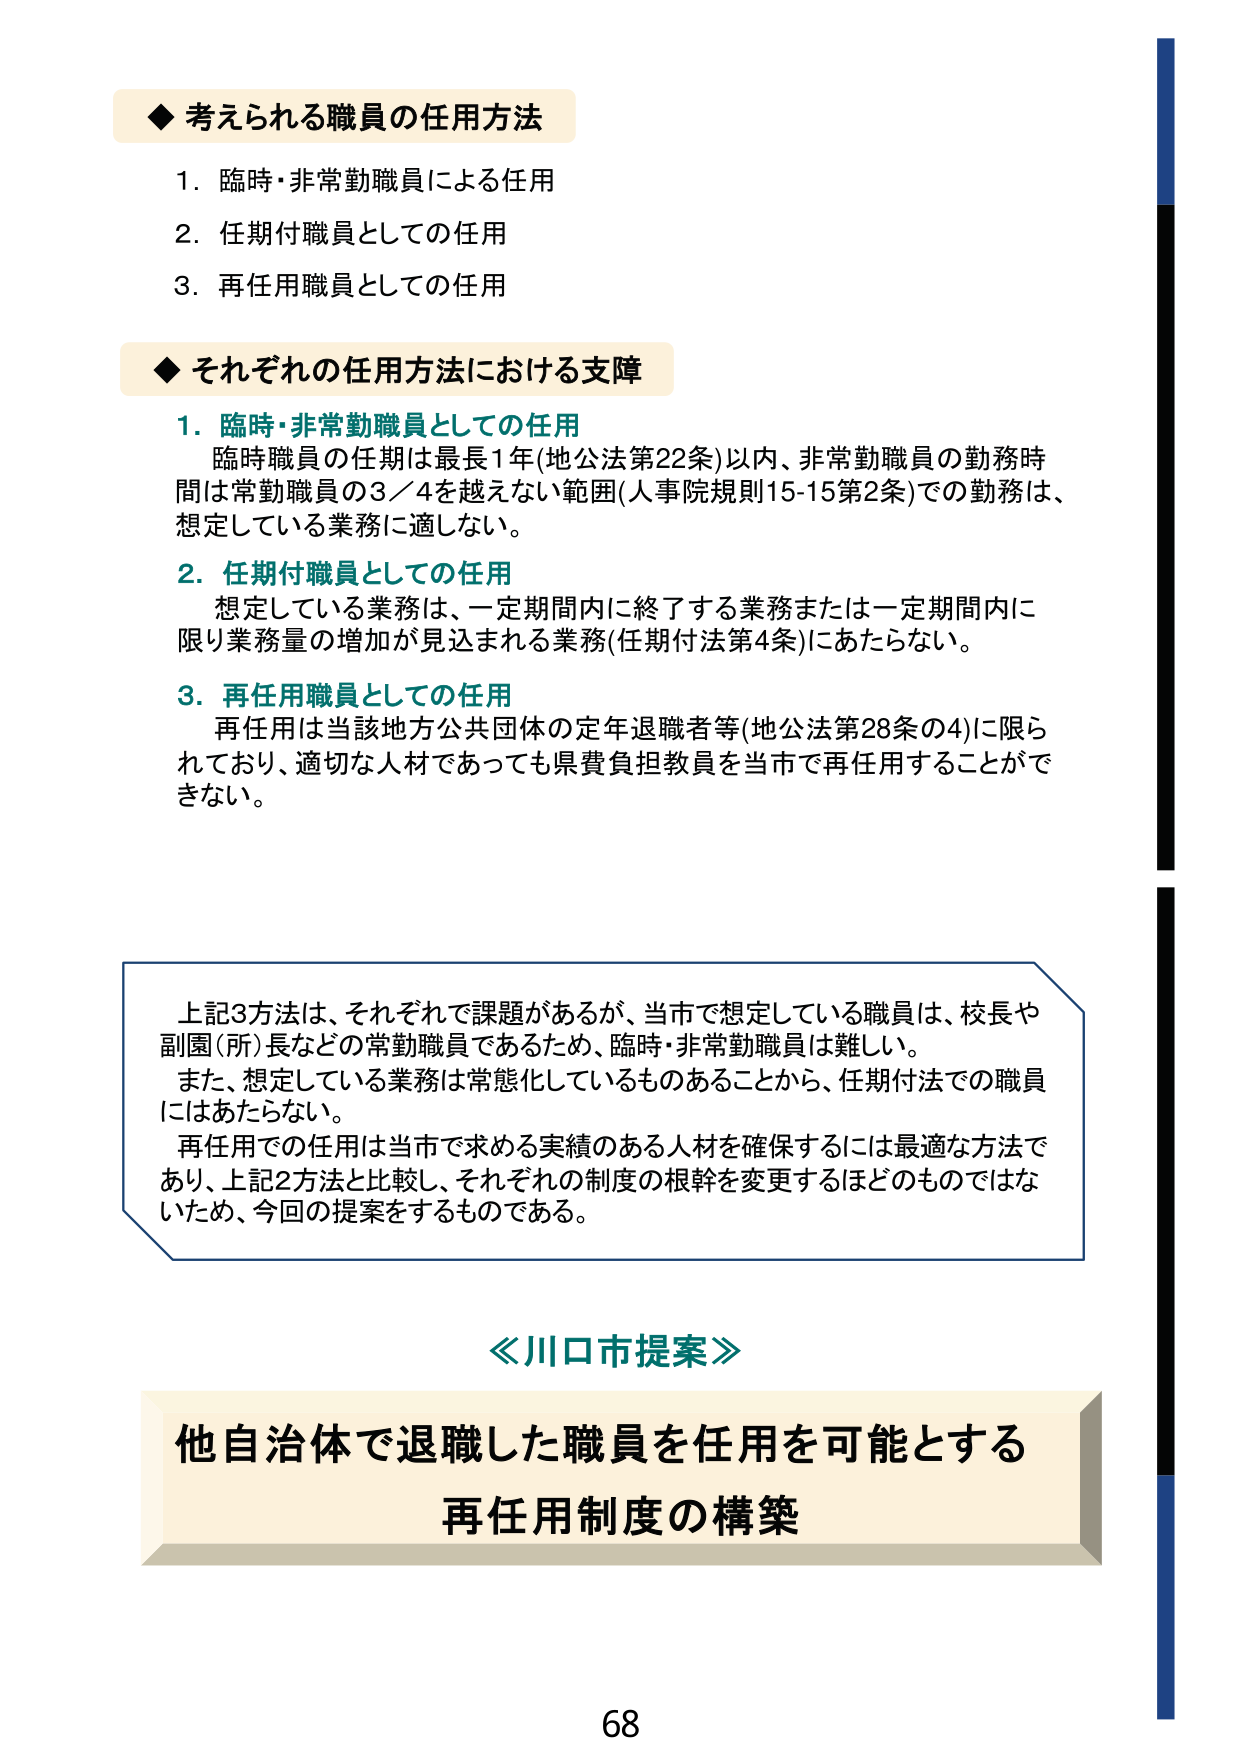
◆ 考えられる職員の任用方法
1. 臨時・非常勤職員による任用
2. 任期付職員としての任用
3. 再任用職員としての任用

◆ それぞれの任用方法における支障
1. 臨時・非常勤職員としての任用
　臨時職員の任期は最長1年(地公法第22条)以内、非常勤職員の勤務時間は常勤職員の3／4を越えない範囲(人事院規則15-15第2条)での勤務は、想定している業務に適しない。
2. 任期付職員としての任用
　想定している業務は、一定期間内に終了する業務または一定期間内に限り業務量の増加が見込まれる業務(任期付法第4条)にあたらない。
3. 再任用職員としての任用
　再任用は当該地方公共団体の定年退職者等(地公法第28条の4)に限られており、適切な人材であっても県費負担教員を当市で再任用することができない。

上記3方法は、それぞれで課題があるが、当市で想定している職員は、校長や副園(所)長などの常勤職員であるため、臨時・非常勤職員は難しい。
また、想定している業務は常態化しているものあることから、任期付法での職員にはあたらない。
再任用での任用は当市で求める実績のある人材を確保するには最適な方法であり、上記2方法と比較し、それぞれの制度の根幹を変更するほどのものではないため、今回の提案をするものである。

≪川口市提案≫
他自治体で退職した職員を任用を可能とする
再任用制度の構築

68